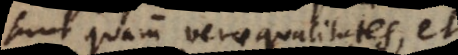
sunt quam verae qualitates, et